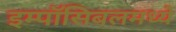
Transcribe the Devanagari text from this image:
इम्पॉसिबलमध्ये